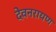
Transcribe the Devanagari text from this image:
देवनरायण